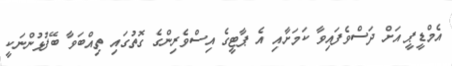
އެމްޑީޕީ އަށް ދަސްވެފައިވާ ކަމަށާއި އެ ޕާޓީގެ އިސްވެރިންގެ ގޮތުގައި ތިއްބަވާ ބޭފުޅުންނަކީ